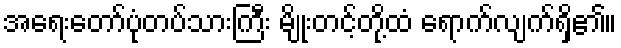
အရေးတော်ပုံတပ်သားကြီး မျိုးတင့်တို့ထံ ရောက်လျက်ရှိ၏။